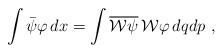
LaTeX: \begin{align*}\int\bar \psi\varphi \,dx=\int\overline{\mathcal{W}\psi}\, \mathcal{W}\varphi \, dqdp \ ,\end{align*}